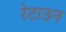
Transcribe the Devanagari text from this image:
रेटाउन